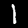
Digit: 1